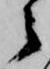
之